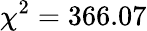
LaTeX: \chi^{2}=366.07